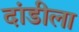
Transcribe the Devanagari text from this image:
दांडीला